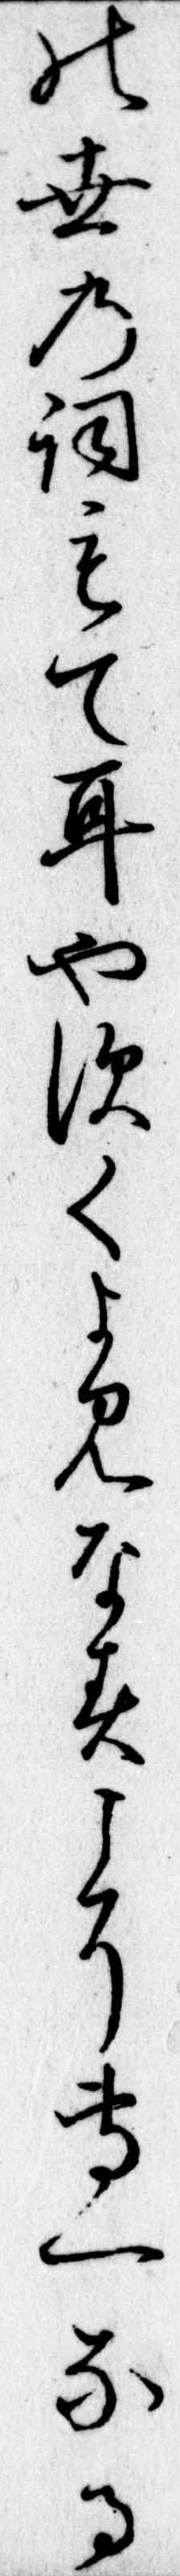
の世の詞もて耳やすくよみなすこそ専一なる